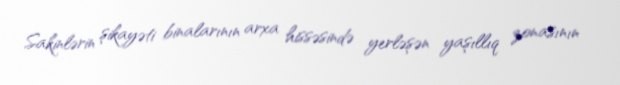
Sakinlərin şikayəti binalarının arxa hissəsində yerləşən yaşıllıq zonasının